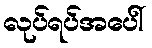
လုပ်ရပ်အပေါ်